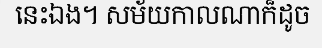
នេះឯង។ សម័យកាលណាក៏ដូច